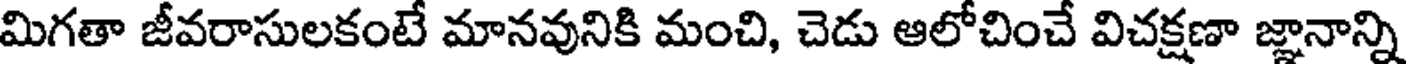
మిగతా జీవరాసులకంటే మానవునికి మంచి, చెడు ఆలోచించే విచక్షణా జ్ఞానాన్ని